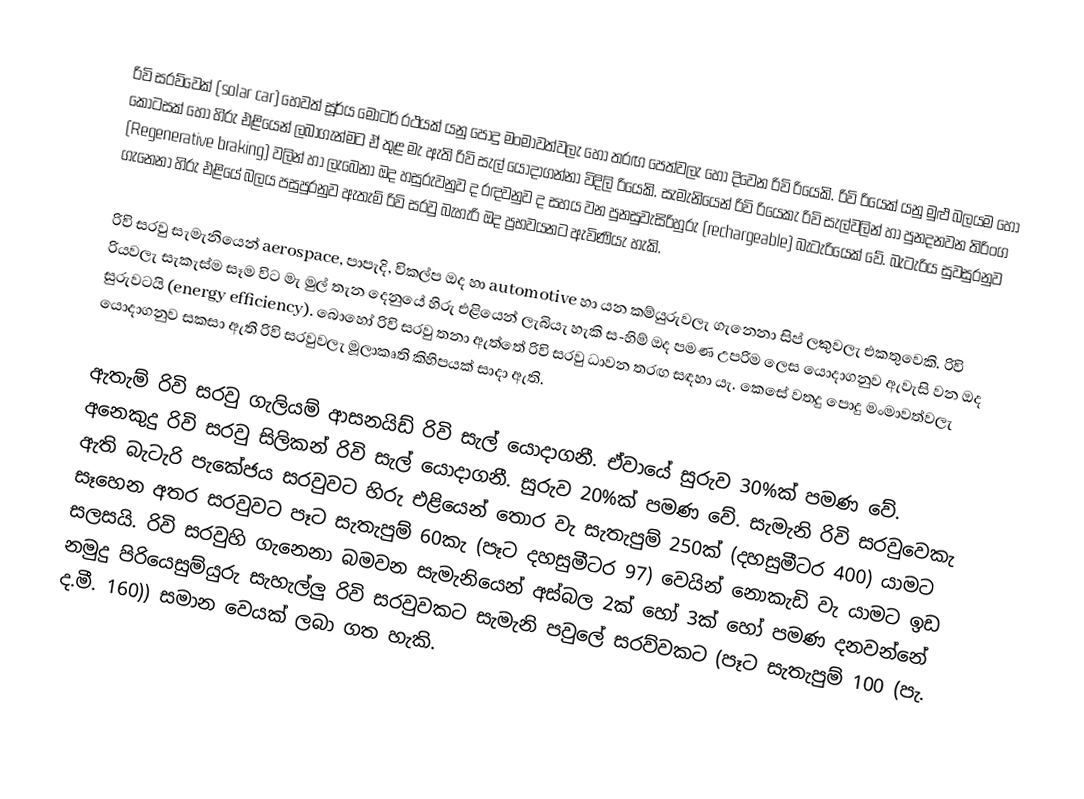
රිවි සරව්වෙක් (solar car) හෙවත් සූර්ය මෝටර් රථයක් යනු පොදු මංමාවත්වලැ හෝ තරඟ පෙත්වලැ හෝ දිවෙන රිවි රියෙකි. රිවි රියෙක් යනු මුළු බලයම හෝ කොටසක් හෝ හිරු එළියෙන් ලබාගැන්මට ඒ තුළ මැ ඇති රිවි සැල් යොදාගන්නා විදිලි රියෙකි. සැමැනියෙන් රිවි රියෙකැ රිවි සැල්වලින් හා පුනදනවන තිරිංග (Regenerative braking) වලින් හා ලැබෙනා ඔද හසුරුවනුව ද රඳවනුව ද සහය වන පුනසුවැසිරිහුරු (rechargeable) බැටැරියෙක් වේ. බැටැරිය සුවසුරනුව ගැනෙනා හිරු එළියේ බලය පසුපුරනුව ඇතැම් රිවි සරවු බැහැරි ඔද ප්‍රභවයනට ඇවිණියැ හැකි.

රිවි සරවු සැමැනියෙන් aerospace, පාපැදි, විකල්ප ඔද හා  automotive හා යන කම්යුරුවලැ ගැනෙනා සිප් ලකුවලැ එකතුවෙකි. රිවි රියවලැ සැකැස්ම සෑම විට මැ මුල් තැන දෙනුයේ හිරු එළියෙන් ලැබියැ හැකි ස-හිම් ඔද පමණ උපරිම ලෙස යොදාගනුව ඇවැසි වන ඔද සුරුවටයි (energy efficiency). බොහෝ රිවි සරවු තනා ඇත්තේ රිවි සරවු ධාවන තරඟ සඳහා යැ. කෙසේ වතදු පොදු මංමාවත්වලැ යොදාගනුව සකසා ඇති රිවි සරවුවලැ මූලාකෘති කිහිපයක් සාදා ඇති.

ඇතැම් රිවි සරවු ගැලියම් ආසනයිඩ් රිවි සැල් යොදාගනී. ඒවායේ සුරුව 30%ක් පමණ වේ. අනෙකුදු රිවි සරවු සිලිකන් රිවි සැල් යොදාගනී. සුරුව 20%ක් පමණ වේ. සැමැනි රිවි සරවුවෙකැ ඇති බැටැරි පැකේජය සරවුවට හිරු එළියෙන් තොර වැ සැතැපුම් 250ක් (දහසුමීටර 400) යාමට සෑහෙන අතර සරවුවට පෑට සැතැපුම් 60කැ (පෑට දහසුමීටර 97) වෙයින් නොකැඩි වැ යාමට ඉඩ සලසයි. රිවි සරවුහි ගැනෙනා බමවන සැමැනියෙන් අස්බල 2ක් හෝ 3ක් හෝ පමණ දනවන්නේ නමුදු පිරියෙසුම්යුරු සැහැල්ලු රිවි සරවුවකට සැමැනි පවුලේ සරව්වකට (පෑට සැතැපුම් 100 (පැ. ද.මී. 160)) සමාන වෙයක් ලබා ගත හැකි.